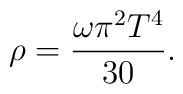
\rho=\frac{\omega\pi^2T^4}{30}.